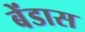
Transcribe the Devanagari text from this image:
बेंडास